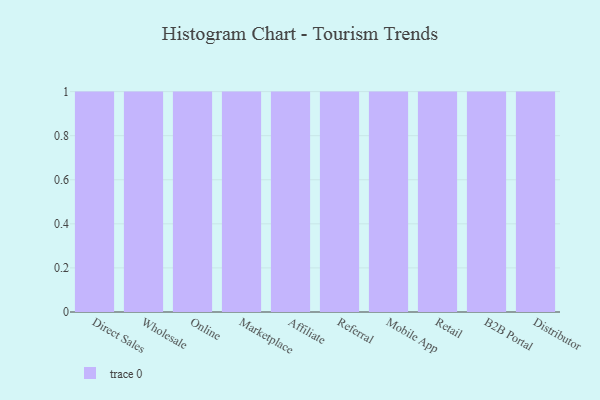
{"axis": {"x": "Channel", "y": "Waste Production (Tons)"}, "legend": [""], "data": [{"x": "Direct Sales", "y": 47, "type": ""}, {"x": "Wholesale", "y": 1, "type": ""}, {"x": "Online", "y": 97, "type": ""}, {"x": "Marketplace", "y": 48, "type": ""}, {"x": "Affiliate", "y": 28, "type": ""}, {"x": "Referral", "y": 44, "type": ""}, {"x": "Mobile App", "y": 34, "type": ""}, {"x": "Retail", "y": 89, "type": ""}, {"x": "B2B Portal", "y": 16, "type": ""}, {"x": "Distributor", "y": 5, "type": ""}]}